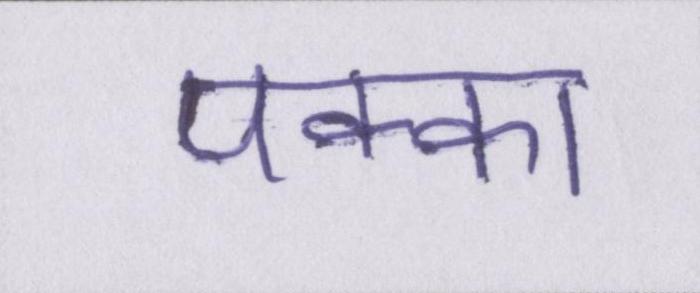
पक्का